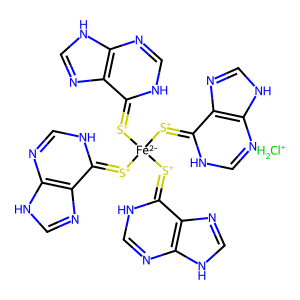
SMILES: [ClH2+].c1nc2[nH]cnc2c(=[S+][Fe-2]([S+]=c2[nH]cnc3[nH]cnc23)([S+]=c2[nH]cnc3[nH]cnc23)[S+]=c2[nH]cnc3[nH]cnc23)[nH]1
Inhibits HIV replication: No